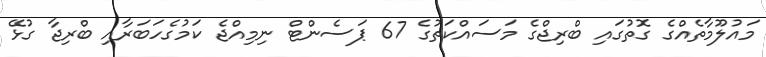
މައުލޫމާތެއްގެ ގޮތުގައި ބްރިޖްގެ މަސައްކަތުގެ 67 ޕަސެންޓް ނިމިއްޖެ ކަމުގެހަބަރާއި ބްރިޖާ ގުޅޭ